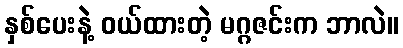
နှစ်ပေးနဲ့ ဝယ်ထားတဲ့ မဂ္ဂဇင်းက ဘာလဲ။